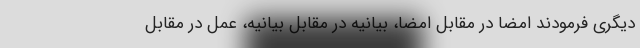
دیگری فرمودند امضا در مقابل امضا، بیانیه در مقابل بیانیه، عمل در مقابل